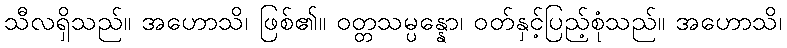
သီလရှိသည်။ အဟောသိ၊ ဖြစ်၏။ ဝတ္တသမ္ပန္နော၊ ဝတ်နှင့်ပြည့်စုံသည်။ အဟောသိ၊